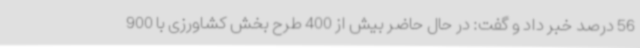
56 درصد خبر داد و گفت: در حال حاضر بیش از 400 طرح بخش کشاورزی با 900